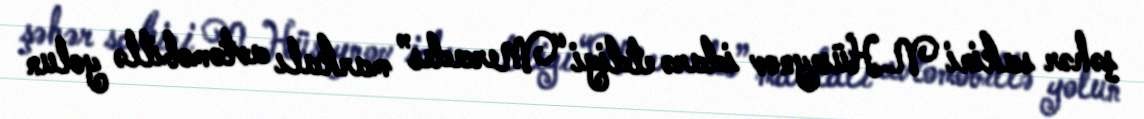
şəhər sakini N.Hüseynov idarə etdiyi “Mercedes” markalı avtomobillə yolun